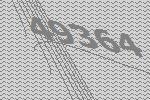
49364